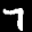
Label: 7